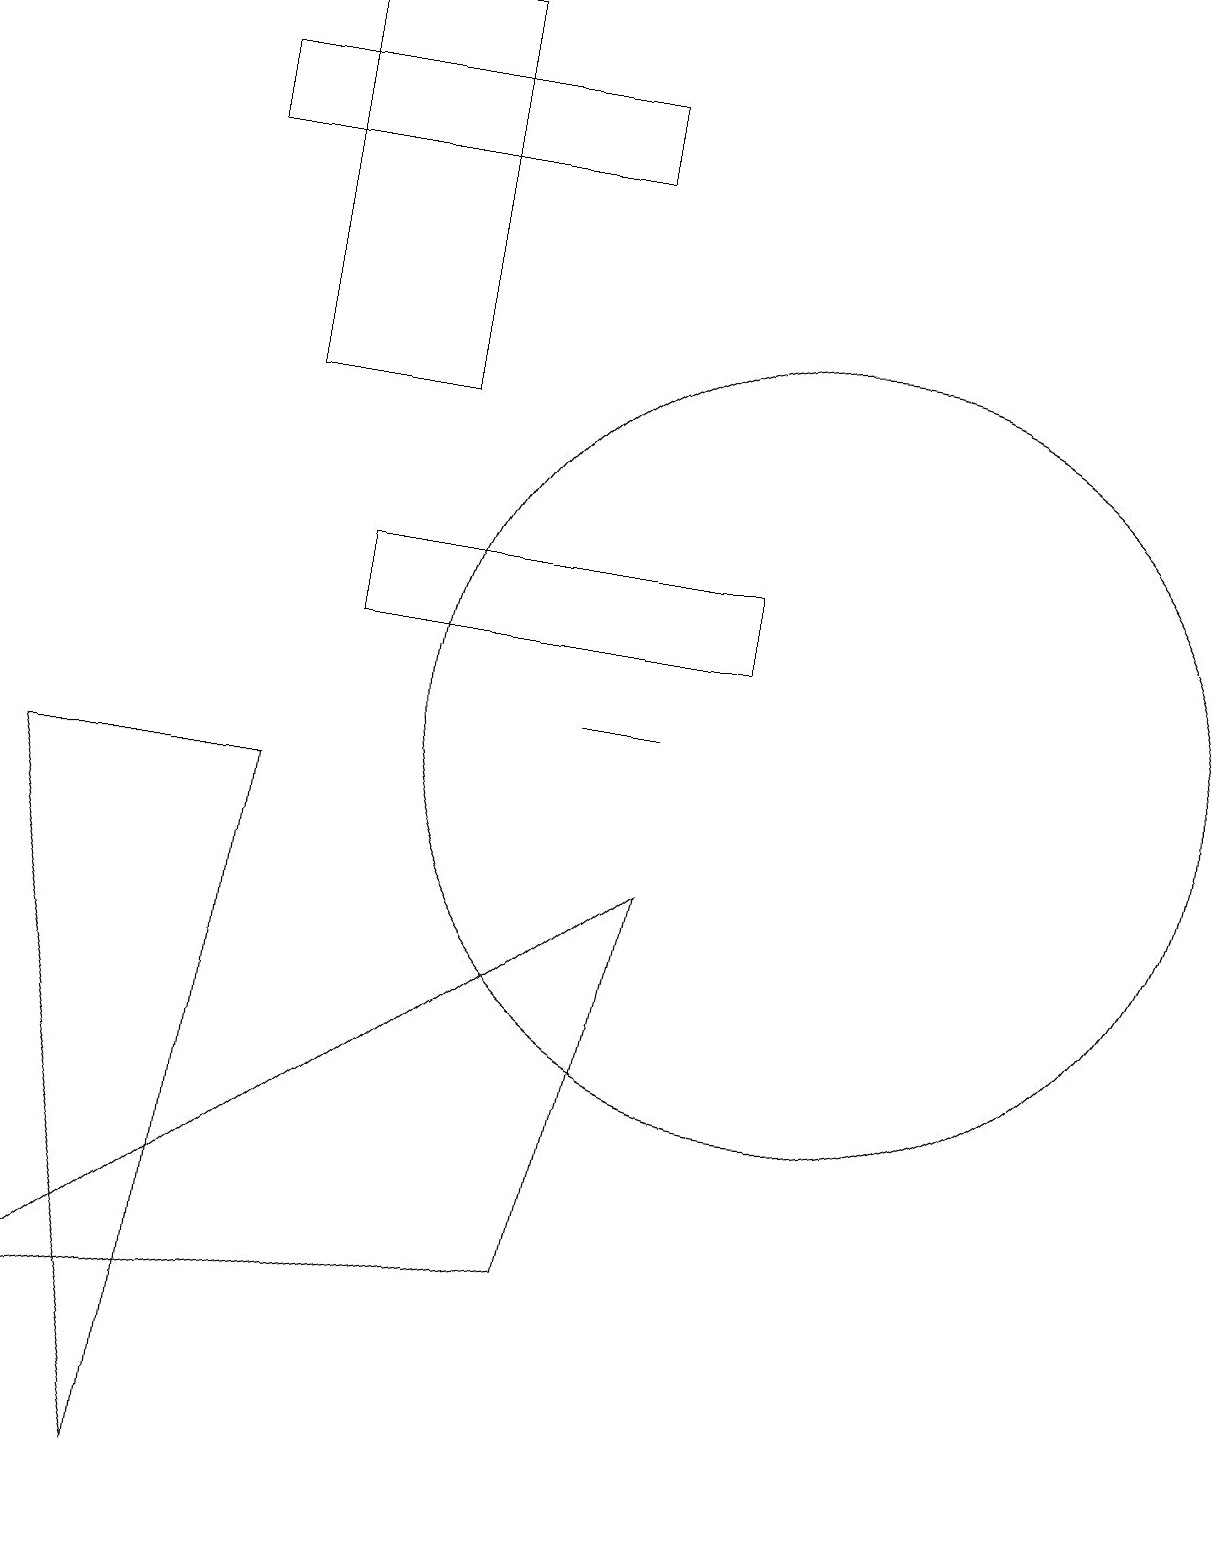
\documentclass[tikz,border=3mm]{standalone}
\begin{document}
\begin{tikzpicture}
\draw (8,10) rectangle (7,10);
\draw (3,14) rectangle (5,19);
\draw (8,8) -- (0,2) -- (7,3) -- cycle;
\draw (3,9) -- (2,0) -- (0,9) -- cycle;
\draw (2,18) rectangle (7,17);
\draw (10,10) circle (5);
\draw (9,11) rectangle (4,12);
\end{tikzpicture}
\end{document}